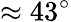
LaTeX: \approx 43^{\circ}